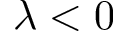
\lambda < 0